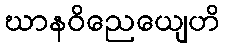
ဃာနဝိညေယျေဟိ